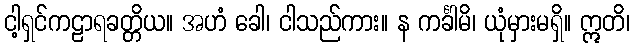
ငါ့ရှင်ကဠာရခတ္တိယ။ အဟံ ခေါ၊ ငါသည်ကား။ န ကင်္ခါမိ၊ ယုံမှားမရှိ။ ဣတိ၊